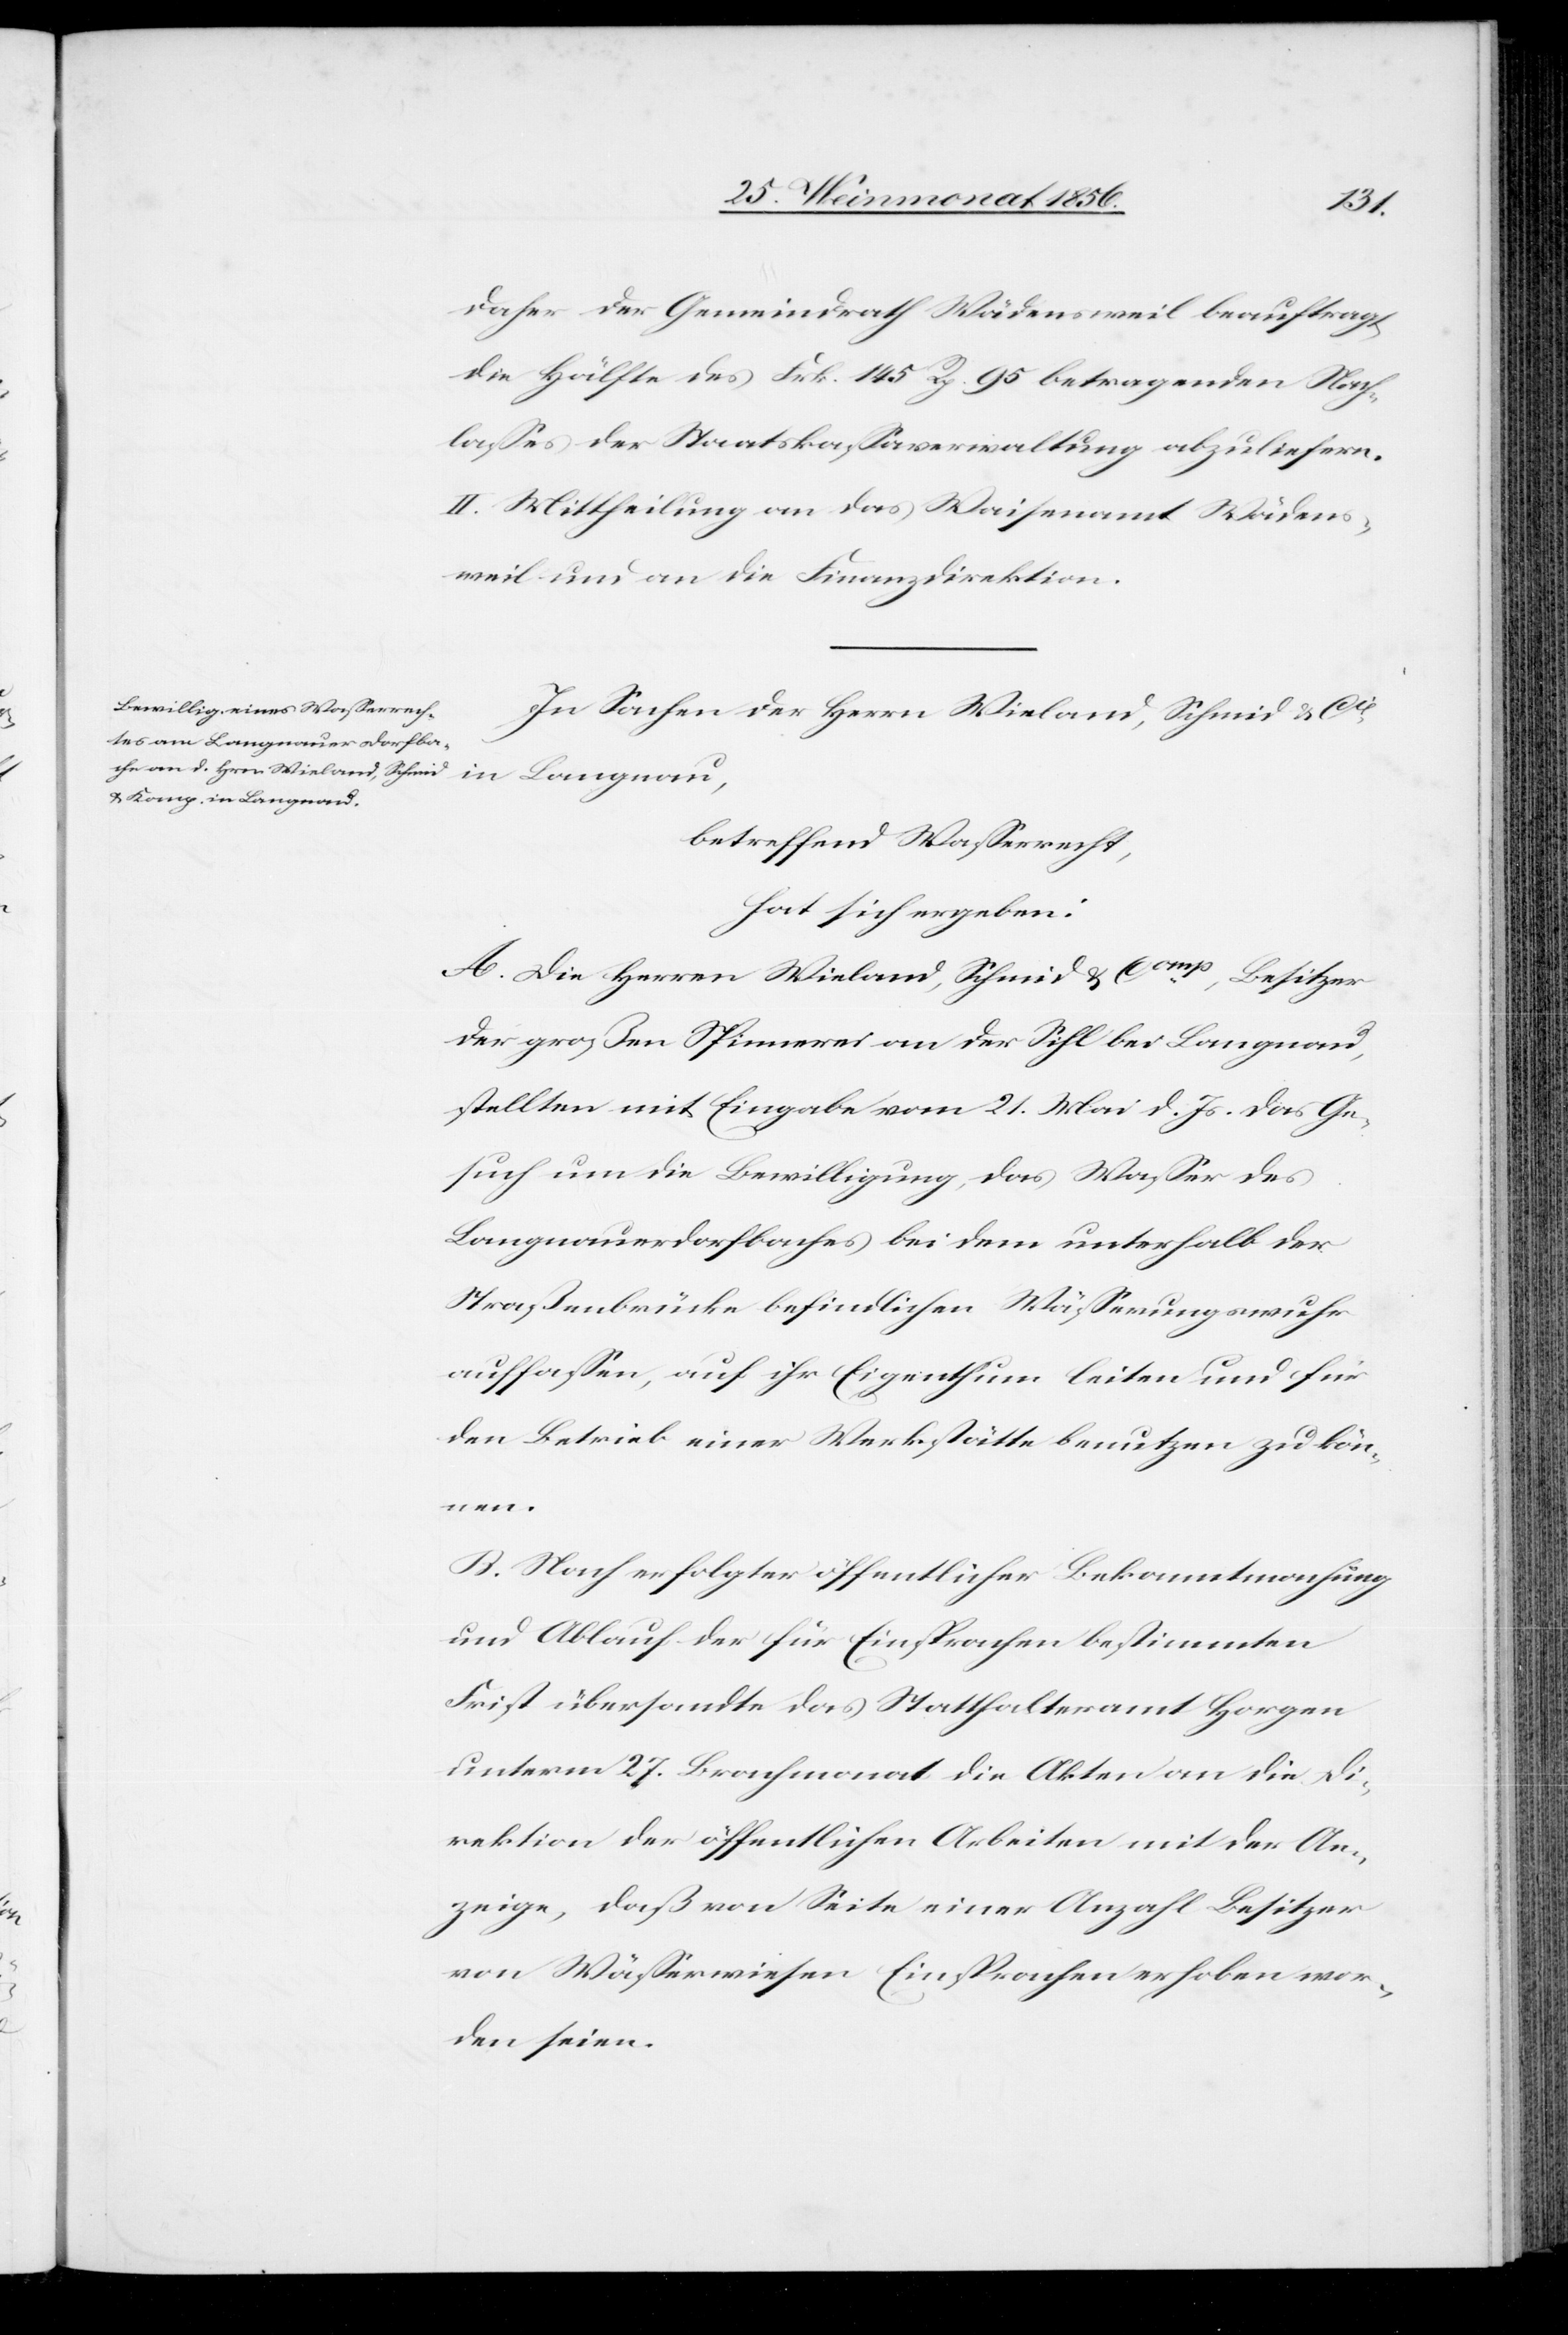
daher der Gemeindrath Wädensweil beauftragt
die Hälfte des Frk. 145 Rp. 95 betragenden Nach¬
lasses der Staatskassaverwaltung abzuliefern.
II. Mittheilung an das Waisenamt Wädens¬
weil und an die Finanzdirektion.
In Sachen der Herrn Wieland, Schmid & Cie
Langnau,
betreffend Wasserrecht,
hat sich ergeben:
A. Die Herren Wieland, Schmid & Comp, Besitzer
der großen Spinnerei an der Sihl bei Langnau,
stellten mit Eingabe vom 21. Mai d. Js. das Ge¬
such um die Bewilligung, das Wasser des
Langnauerdorfbaches bei dem unterhalb der
Straßenbrücke befindlichen Wässerungswuhr
auffassen, auf ihr Eigenthum leiten und für
den Betrieb einer Werkstätte benutzen zu kön¬
nen.
B. Nach erfolgter öffentlicher Bekanntmachung
und Ablauf der für Einsprachen bestimmten
Frist übersandte das Statthalteramt Horgen
unterm 27. Brachmonat die Akten an die Di¬
rektion der öffentlichen Arbeiten mit der An¬
zeige, daß von Seite einer Anzahl Besitzer
von Wässerwiesen Einsprachen erhoben wor¬
den seien.